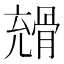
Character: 𩩇